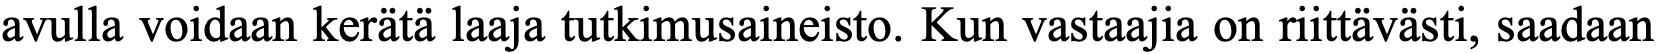
avulla voidaan kerätä laaja tutkimusaineisto. Kun vastaajia on riittävästi, saadaan